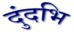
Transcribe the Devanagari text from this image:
दुंदभि